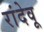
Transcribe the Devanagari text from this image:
रांदेवू